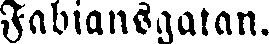
Fabiansgatan.